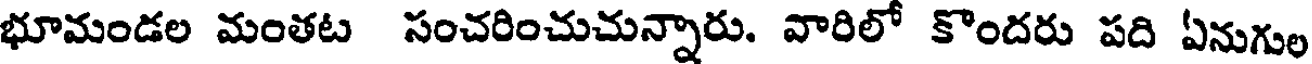
భూమండల మంతట సంచరించుచున్నారు. వారిలో కొందరు పది ఏనుగుల